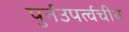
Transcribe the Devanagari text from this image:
पुर्नउपर्त्वचीय